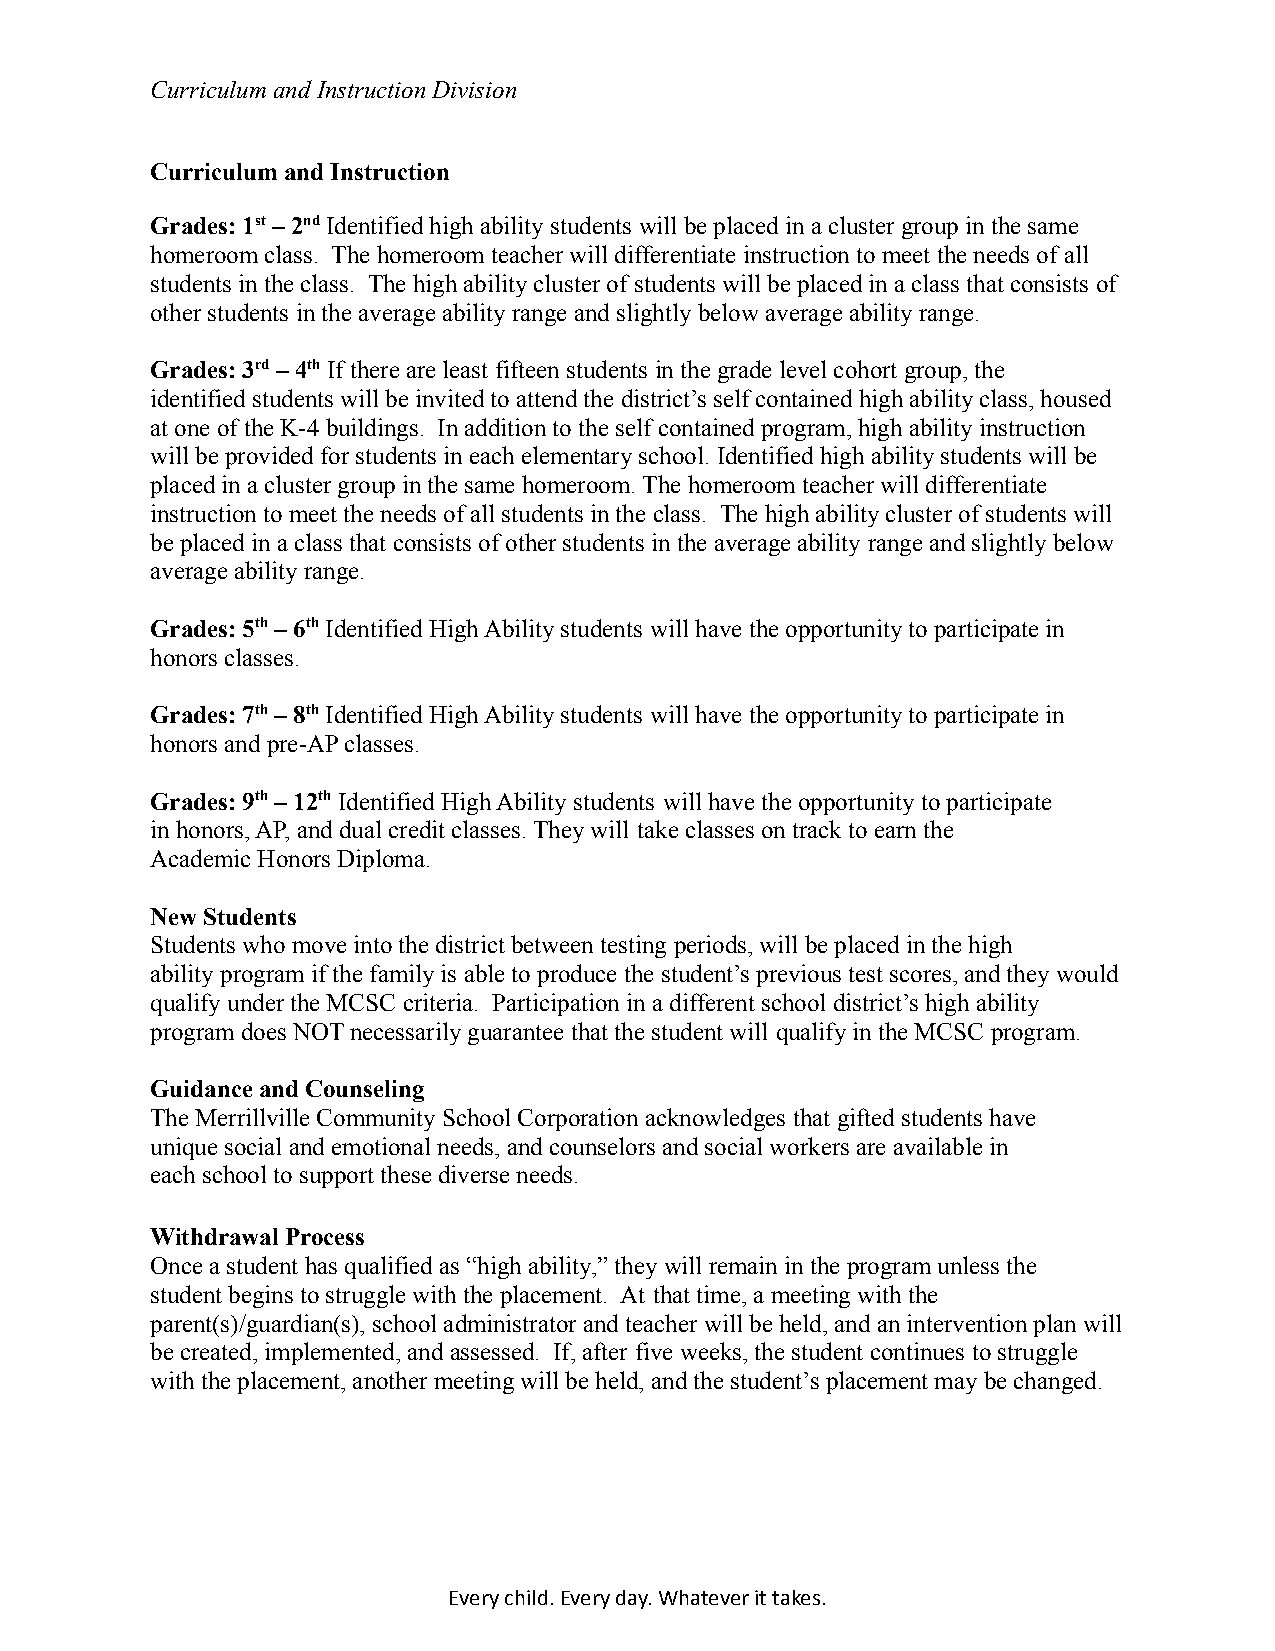
Curriculum and Instruction Division
 Curriculum and Instruction
 Grades: 1st– 2ndIdentified high ability students will be placed in a cluster group in the same
 homeroom class. The homeroom teacher will differentiate instruction to meet the needs of all
 students in the class. The high ability cluster of students will be placed in a class that consistsof
 other students in the average ability range and slightlybelow average ability range.
 Grades: 3rd– 4thIf there are least fifteen students in the grade level cohort group, the
 identified students will be invited to attend the district’s self contained high ability class, housed
 at one of the K-4 buildings. In addition to the self contained program, high ability instruction
 will be provided for students in each elementary school.Identified high ability students will be
 placed in a cluster group in the same homeroom. Thehomeroom teacher will differentiate
 instruction to meet the needs of all students in the class. The high ability cluster of students will
 be placed in a class that consists of other studentsin the average ability range and slightly below
 average ability range.
 Grades: 5th– 6thIdentified High Ability students will have the opportunity to participate in
 honors classes.
 Grades: 7th– 8thIdentified High Ability students will have the opportunity to participate in
 honors and pre-AP classes.
 Grades: 9th– 12thIdentified High Ability students will have the opportunity to participate
 in honors, AP, and dual credit classes. They will take classes on track to earn the
 Academic Honors Diploma.
 New Students
 Students who move into the district between testingperiods, will be placed in the high
 ability program if the family is able to produce the student’s previous test scores, and they would
 qualify under the MCSC criteria. Participation in a different school district’s high ability
 program does NOT necessarily guarantee that the student will qualify in the MCSC program.
 Guidance and Counseling
 The Merrillville Community School Corporation acknowledges that gifted students have
 unique social and emotional needs, and counselorsand social workers are available in
 each school to support these diverse needs.
 Withdrawal Process
 Once a student has qualified as “high ability,” they will remain in the program unless the
 student begins to struggle with the placement. At that time, a meeting with the
 parent(s)/guardian(s), school administrator and teacherwill be held, and an intervention plan will
 be created, implemented, and assessed. If, after five weeks, the student continues to struggle
 with the placement, another meeting will be held,and the student’s placement may be changed.
 Every child. Every day. Whatever it takes.